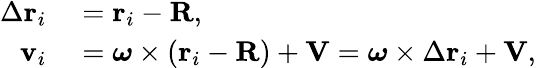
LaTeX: \begin{array}{rl}{\Delta\mathbf{r}_{i}}&{{}=\mathbf{r}_{i}-\mathbf{R},}\\ {\mathbf{v}_{i}}&{{}={\boldsymbol{\omega}}\times\left(\mathbf{r}_{i}-\mathbf{R}\right)+\mathbf{V}={\boldsymbol{\omega}}\times\Delta\mathbf{r}_{i}+\mathbf{V},}\end{array}